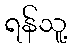
ရန်သူ့